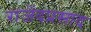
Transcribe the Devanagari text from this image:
राजेंदप्रसाद